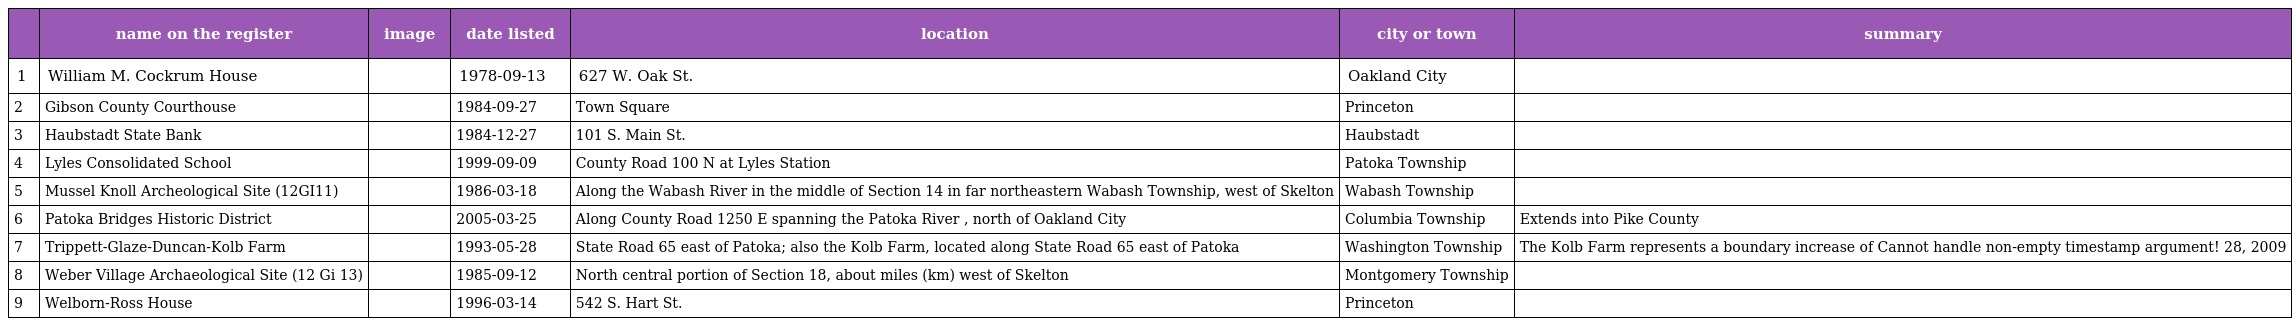
|  | name on the register | image | date listed | location | city or town | summary |
 | --- | --- | --- | --- | --- | --- | --- |
 | 1 | William M. Cockrum House |  | 1978-09-13 | 627 W. Oak St. | Oakland City |  |
 | 2 | Gibson County Courthouse |  | 1984-09-27 | Town Square | Princeton |  |
 | 3 | Haubstadt State Bank |  | 1984-12-27 | 101 S. Main St. | Haubstadt |  |
 | 4 | Lyles Consolidated School |  | 1999-09-09 | County Road 100 N at Lyles Station | Patoka Township |  |
 | 5 | Mussel Knoll Archeological Site (12GI11) |  | 1986-03-18 | Along the Wabash River in the middle of Section 14 in far northeastern Wabash Township, west of Skelton | Wabash Township |  |
 | 6 | Patoka Bridges Historic District |  | 2005-03-25 | Along County Road 1250 E spanning the Patoka River , north of Oakland City | Columbia Township | Extends into Pike County |
 | 7 | Trippett-Glaze-Duncan-Kolb Farm |  | 1993-05-28 | State Road 65 east of Patoka; also the Kolb Farm, located along State Road 65 east of Patoka | Washington Township | The Kolb Farm represents a boundary increase of Cannot handle non-empty timestamp argument! 28, 2009 |
 | 8 | Weber Village Archaeological Site (12 Gi 13) |  | 1985-09-12 | North central portion of Section 18, about miles (km) west of Skelton | Montgomery Township |  |
 | 9 | Welborn-Ross House |  | 1996-03-14 | 542 S. Hart St. | Princeton |  |